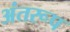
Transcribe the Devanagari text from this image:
अंतरूप